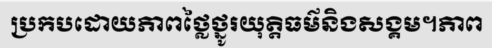
ប្រកបដោយភាពថ្លៃថ្នូរយុត្តិធម៌និងសង្គម។ភាព